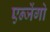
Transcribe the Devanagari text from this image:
एन्जेंगो